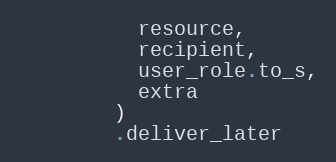
Language: Ruby
          resource,
          recipient,
          user_role.to_s,
          extra
        )
        .deliver_later